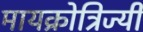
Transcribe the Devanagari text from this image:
मायक्रोत्रिज्यी